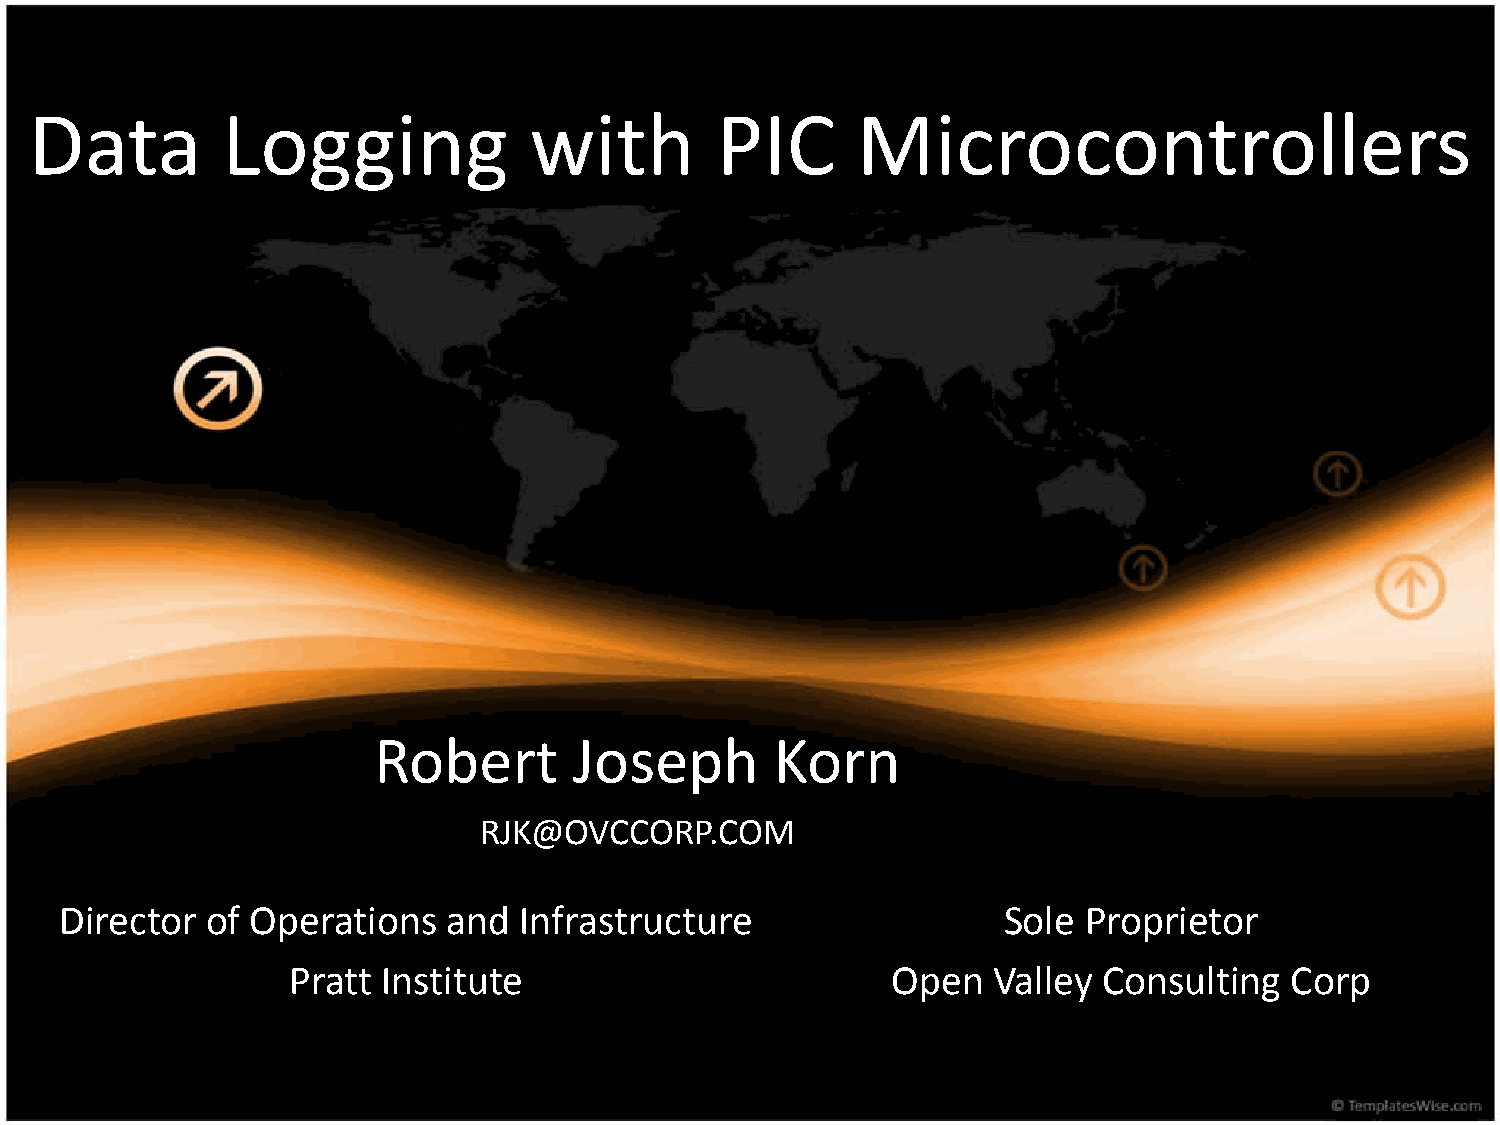
Data         Logging             with        PIC       Microcontrollers
 Robert       Joseph       Korn
 RJK@OVCCORP.COM
 Director  of Operations   and Infrastructure                  Sole  Proprietor
 Pratt Institute                         Open   Valley Consulting  Corp